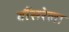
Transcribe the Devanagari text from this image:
बौंसरेला